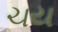
ચય